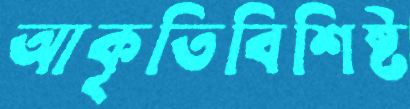
আকৃতিবিশিষ্ট